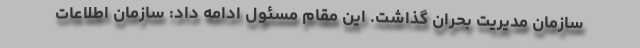
سازمان مدیریت بحران گذاشت. این مقام مسئول ادامه داد: سازمان اطلاعات